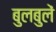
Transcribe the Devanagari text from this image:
बुलबुलें